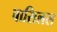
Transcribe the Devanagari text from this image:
वासिलस